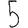
Digit: 5